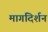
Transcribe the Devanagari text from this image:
मागदिर्शन